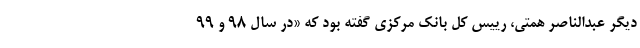
دیگر عبدالناصر همتی، رییس کل بانک مرکزی گفته بود که «در سال ۹۸ و ۹۹